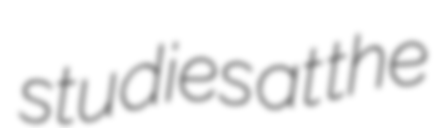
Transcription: studies at the